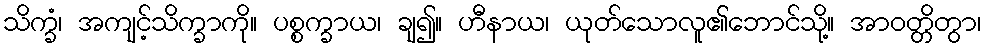
သိက္ခံ၊ အကျင့်သိက္ခာကို။ ပစ္စက္ခာယ၊ ချ၍။ ဟီနာယ၊ ယုတ်သောလူ၏ဘောင်သို့။ အာဝတ္တိတွာ၊